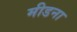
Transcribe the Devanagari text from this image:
मीडना